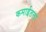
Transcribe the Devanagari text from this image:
कमाईतला